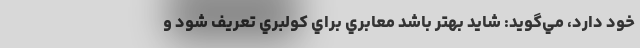
خود دارد، مي‌گويد: شايد بهتر باشد معابري براي كولبري تعريف شود و